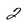
Character: 2